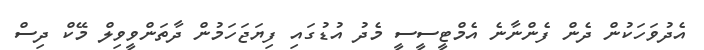
އެދުވަހަކުން ދެން ފެންނާނެ އެމްޓީސީސީ މެދު އުޑުގައި ފިޔަޖަހަމުން ދާތަންވީވިލް މޭކް ދިސް